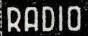
RADIO